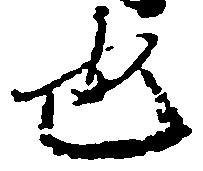
也